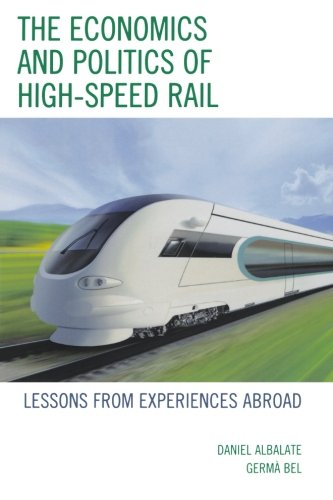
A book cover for The Economics and Politics of High-Speed Rail: Lessons from Experiences Abroad; Daniel Albalate; Law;